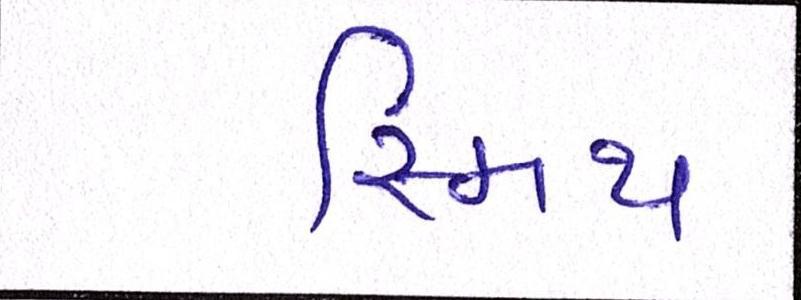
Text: સ્મિથ